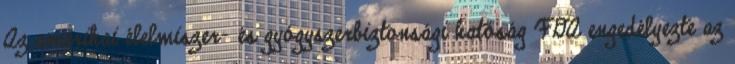
Az amerikai élelmiszer- és gyógyszerbiztonsági hatóság FDA engedélyezte az